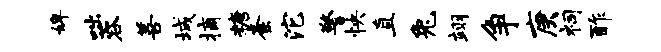
婢咄蓉善城摘糖紊沱警怏直兔翊争庚祠酢